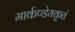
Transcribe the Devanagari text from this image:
मार्कण्डेयकृतं